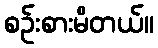
စဉ်းစားမိတယ်။